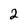
Character: 2